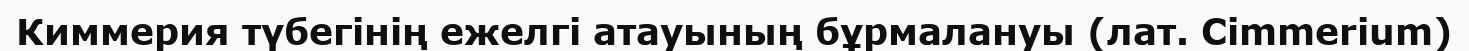
Киммерия түбегінің ежелгі атауының бұрмалануы (лат. Cimmerium)